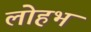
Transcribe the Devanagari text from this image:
लोहभ